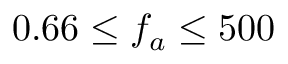
0 . 6 6 \leq f _ { a } \leq 5 0 0